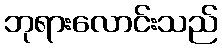
ဘုရားလောင်းသည်